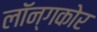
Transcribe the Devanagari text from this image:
लॉन्गकोर